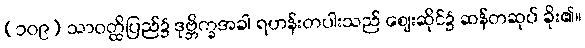
(၁၀၉) သာဝတ္ထိပြည်၌ ဒုဗ္ဘိက္ခအခါ ရဟန်းတပါးသည် ဈေးဆိုင်၌ ဆန်တဆုပ် ခိုး၏။